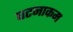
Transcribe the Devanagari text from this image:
घटनाकम